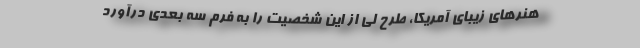
هنرهای زیبای آمریکا، طرح لی از این شخصیت را به فرم سه بعدی درآورد